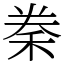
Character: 䅈